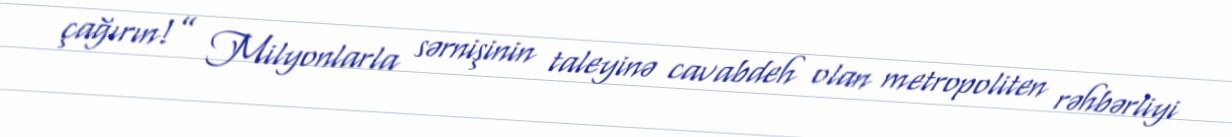
çağırın!” Milyonlarla sərnişinin taleyinə cavabdeh olan metropoliten rəhbərliyi